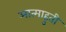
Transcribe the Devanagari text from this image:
आत्माहुती